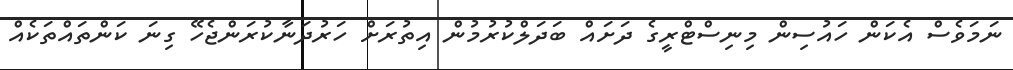
ނަމަވެސް އެކަން ހައުސިން މިނިސްޓްރީގެ ދަށައް ބަދަލްކުރުމުން އިތުރަށް ހަރުދަނާކުރަންޖެހޭ ގިނަ ކަންތައްތަކެއް